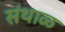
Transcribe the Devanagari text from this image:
संथाळ